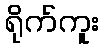
ရိုက်ကူး